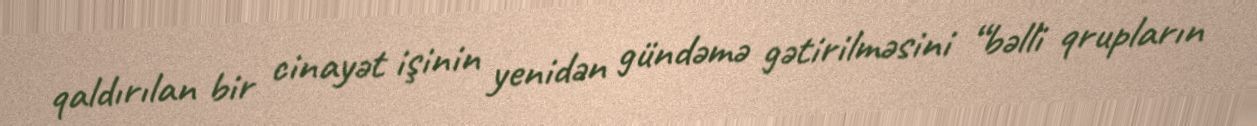
qaldırılan bir cinayət işinin yenidən gündəmə gətirilməsini “bəlli qrupların